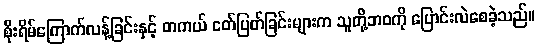
စိုးရိမ်ကြောက်လန့်ခြင်းနှင့် တကယ် ငတ်ပြတ်ခြင်းများက သူတို့ဘဝကို ပြောင်းလဲစေခဲ့သည်။